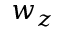
w _ { z }